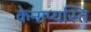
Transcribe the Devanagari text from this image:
केनाप्यस्ति